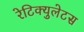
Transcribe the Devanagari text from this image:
रेटिक्युलेटस